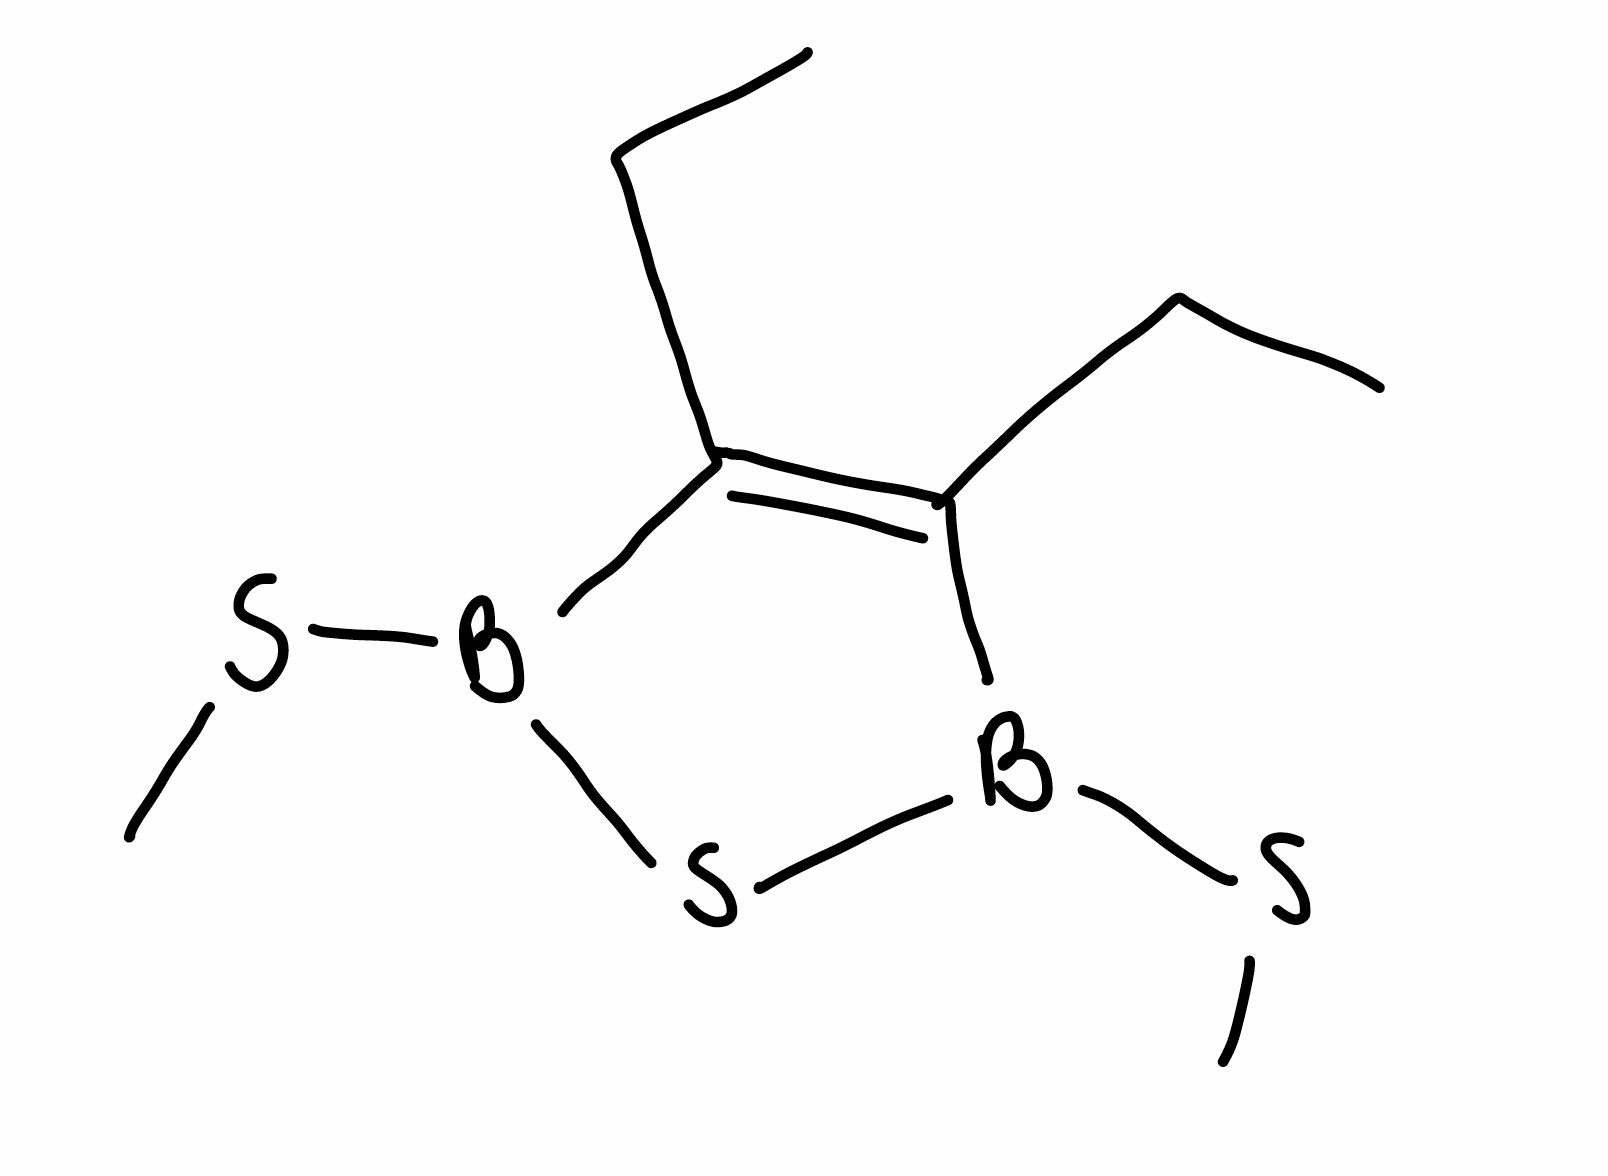
Simplified molecular-input line-entry system (SMILES) notation of the given molecule:
B1(C(=C(B(S1)SC)CC)CC)SC